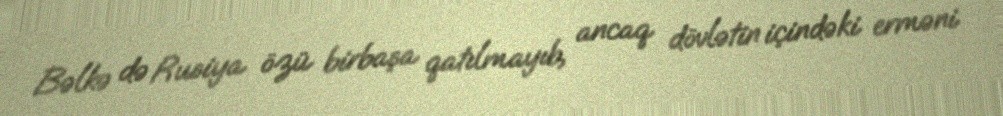
Bəlkə də Rusiya özü birbaşa qatılmayıb, ancaq dövlətin içindəki erməni